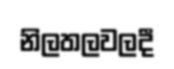
නිලතලවලදී